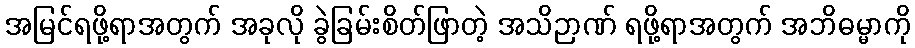
အမြင်ရဖို့ရာအတွက် အခုလို ခွဲခြမ်းစိတ်ဖြာတဲ့ အသိဉာဏ် ရဖို့ရာအတွက် အဘိဓမ္မာကို